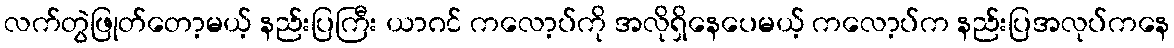
လက်တွဲဖြုတ်တော့မယ့် နည်းပြကြီး ယာဂင် ကလော့ပ်ကို အလိုရှိနေပေမယ့် ကလော့ပ်က နည်းပြအလုပ်ကနေ